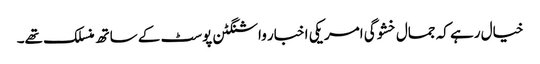
خیال رہے کہ جمال خشوگی امریکی اخبار واشنگٹن پوسٹ کے ساتھ منسلک تھے۔